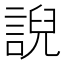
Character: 誽